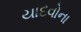
યાદવોના